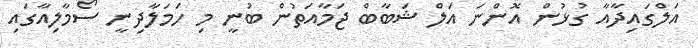
އަލްގައިދާއާ ގުޅުން އޮންނަ އަލް ޝަބާބް ޖަމާއަތުން ބުނީ މި ހަމަލާދިނީ ސޯމާލިއާގައި